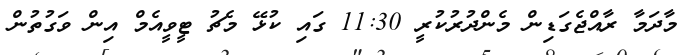
މާދަމާ ރާއްޖެގަޑިން މެންދުރުކުރީ 11:30 ގައި ކުޅޭ މެޗު ޓީވީއެމް އިން ވަގުތުން